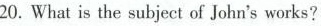
20. What is the subject of John's works?